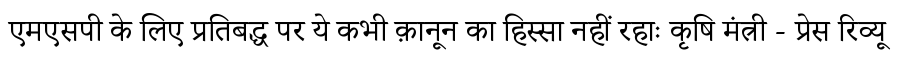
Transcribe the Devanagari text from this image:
एमएसपी के लिए प्रतिबद्ध पर ये कभी क़ानून का हिस्सा नहीं रहाः कृषि मंत्री - प्रेस रिव्यू